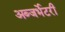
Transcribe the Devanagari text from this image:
अब्जर्भेटरी